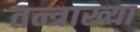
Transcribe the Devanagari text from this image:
तन्त्राख्या